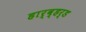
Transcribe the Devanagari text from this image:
हार्व्हर्ड